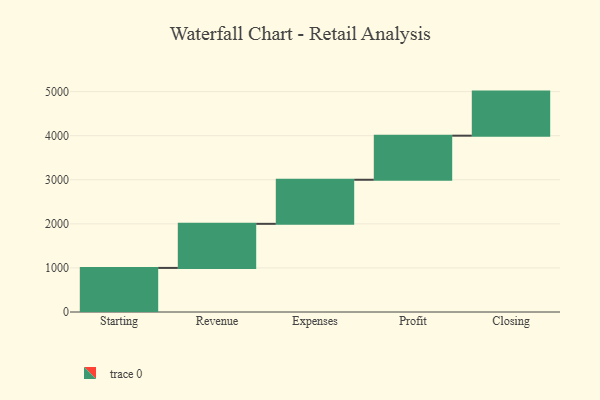
{"axis": {"x": "Step", "y": "Value"}, "legend": [""], "data": [{"x": "Starting", "y": 1000, "type": ""}, {"x": "Revenue", "y": 1000, "type": ""}, {"x": "Expenses", "y": 1000, "type": ""}, {"x": "Profit", "y": 1000, "type": ""}, {"x": "Closing", "y": 1000, "type": ""}]}